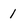
Character: 1